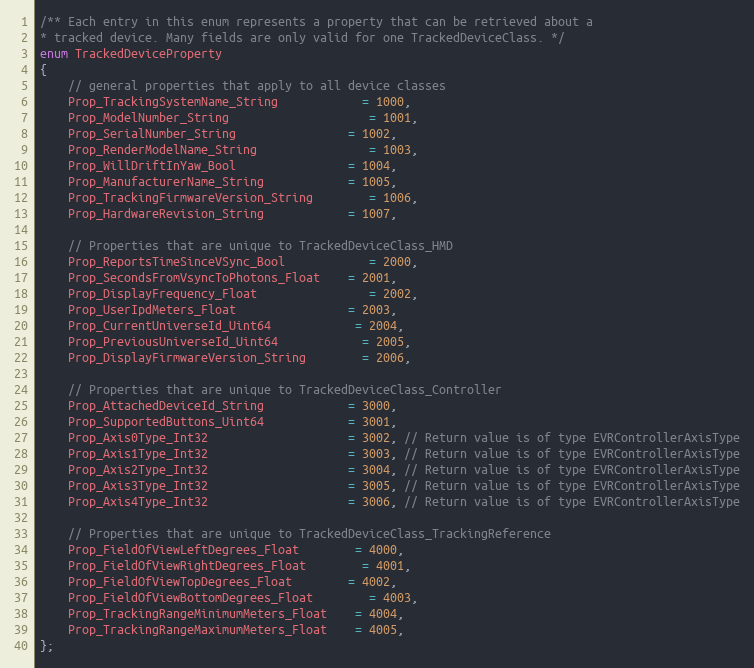
Language: C
/** Each entry in this enum represents a property that can be retrieved about a
* tracked device. Many fields are only valid for one TrackedDeviceClass. */
enum TrackedDeviceProperty
{
	// general properties that apply to all device classes
	Prop_TrackingSystemName_String			= 1000,
	Prop_ModelNumber_String					= 1001,
	Prop_SerialNumber_String				= 1002,
	Prop_RenderModelName_String				= 1003,
	Prop_WillDriftInYaw_Bool				= 1004,
	Prop_ManufacturerName_String			= 1005,
	Prop_TrackingFirmwareVersion_String		= 1006,
	Prop_HardwareRevision_String			= 1007,

	// Properties that are unique to TrackedDeviceClass_HMD
	Prop_ReportsTimeSinceVSync_Bool			= 2000,
	Prop_SecondsFromVsyncToPhotons_Float	= 2001,
	Prop_DisplayFrequency_Float				= 2002,
	Prop_UserIpdMeters_Float				= 2003,
	Prop_CurrentUniverseId_Uint64			= 2004,
	Prop_PreviousUniverseId_Uint64			= 2005,
	Prop_DisplayFirmwareVersion_String		= 2006,

	// Properties that are unique to TrackedDeviceClass_Controller
	Prop_AttachedDeviceId_String			= 3000,
	Prop_SupportedButtons_Uint64			= 3001,
	Prop_Axis0Type_Int32					= 3002, // Return value is of type EVRControllerAxisType
	Prop_Axis1Type_Int32					= 3003, // Return value is of type EVRControllerAxisType
	Prop_Axis2Type_Int32					= 3004, // Return value is of type EVRControllerAxisType
	Prop_Axis3Type_Int32					= 3005, // Return value is of type EVRControllerAxisType
	Prop_Axis4Type_Int32					= 3006, // Return value is of type EVRControllerAxisType

	// Properties that are unique to TrackedDeviceClass_TrackingReference
	Prop_FieldOfViewLeftDegrees_Float		= 4000,
	Prop_FieldOfViewRightDegrees_Float		= 4001,
	Prop_FieldOfViewTopDegrees_Float		= 4002,
	Prop_FieldOfViewBottomDegrees_Float		= 4003,
	Prop_TrackingRangeMinimumMeters_Float	= 4004,
	Prop_TrackingRangeMaximumMeters_Float	= 4005,
};